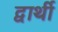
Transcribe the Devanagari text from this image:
द्वार्थी